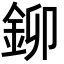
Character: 鉚